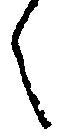
々